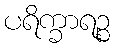
ပရိက္ခာရဉ္စ